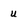
Character: u